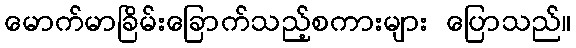
မောက်မာခြိမ်းခြောက်သည့်စကားများ ပြောသည်။